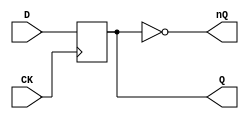
// This program was cloned from: https://github.com/jotego/jtcores
// License: GNU General Public License v3.0

// Fujitsu AV cell
// DFF
// furrtek 2022

`timescale 1ns/100ps

module FDM(
	input CK,
	input D,
	output reg Q,
	output nQ
);

always @(posedge CK)
		Q <= D;		// tmax = 6.0ns

assign nQ = ~Q;

endmodule